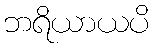
ဘရိယာယပိ